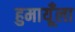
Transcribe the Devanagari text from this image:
हुमायूँला